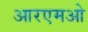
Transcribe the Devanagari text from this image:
आरएमओ